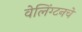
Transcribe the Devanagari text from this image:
वेलिंग्टनचे